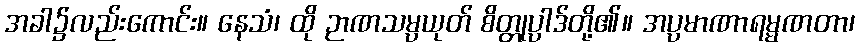
အခါ၌လည်းကောင်း။ နေသံ၊ ထို ဉာဏသမ္ပယုတ် စိတ္တုပ္ပါဒ်တို့၏။ အပ္ပမာဏာရမ္မဏတာ၊